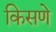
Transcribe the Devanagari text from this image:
किसणे